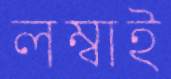
লম্বাই